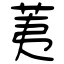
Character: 荑